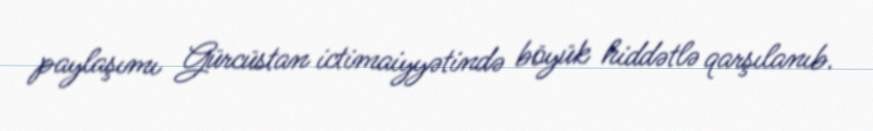
paylaşımı Gürcüstan ictimaiyyətində böyük hiddətlə qarşılanıb.